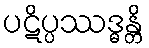
ပဋိပ္ပဿဒ္ဓန္တိ